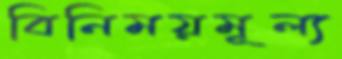
বিনিময়মূল্য